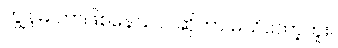
ကျွန်မ ဘာဖြစ်နေသလဲဆိုတာ မသိတော့ဘူး။